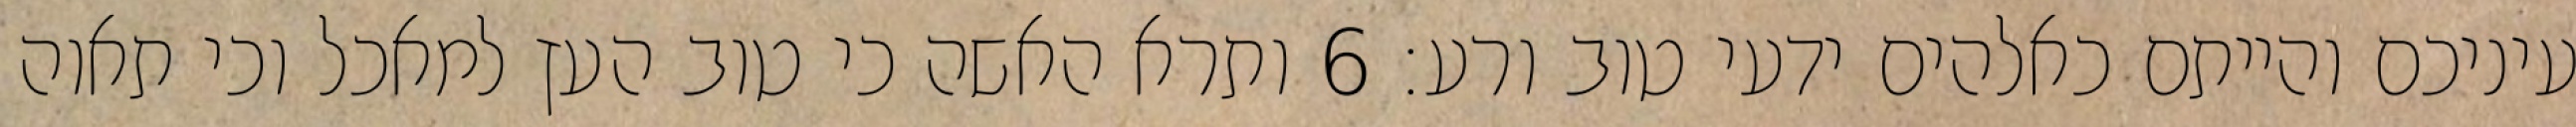
עיניכם והייתם כאלהים ידעי טוב ורע׃ ‎6‏ ותרא האשה כי טוב העץ למאכל וכי תאוה